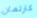
كارتمان